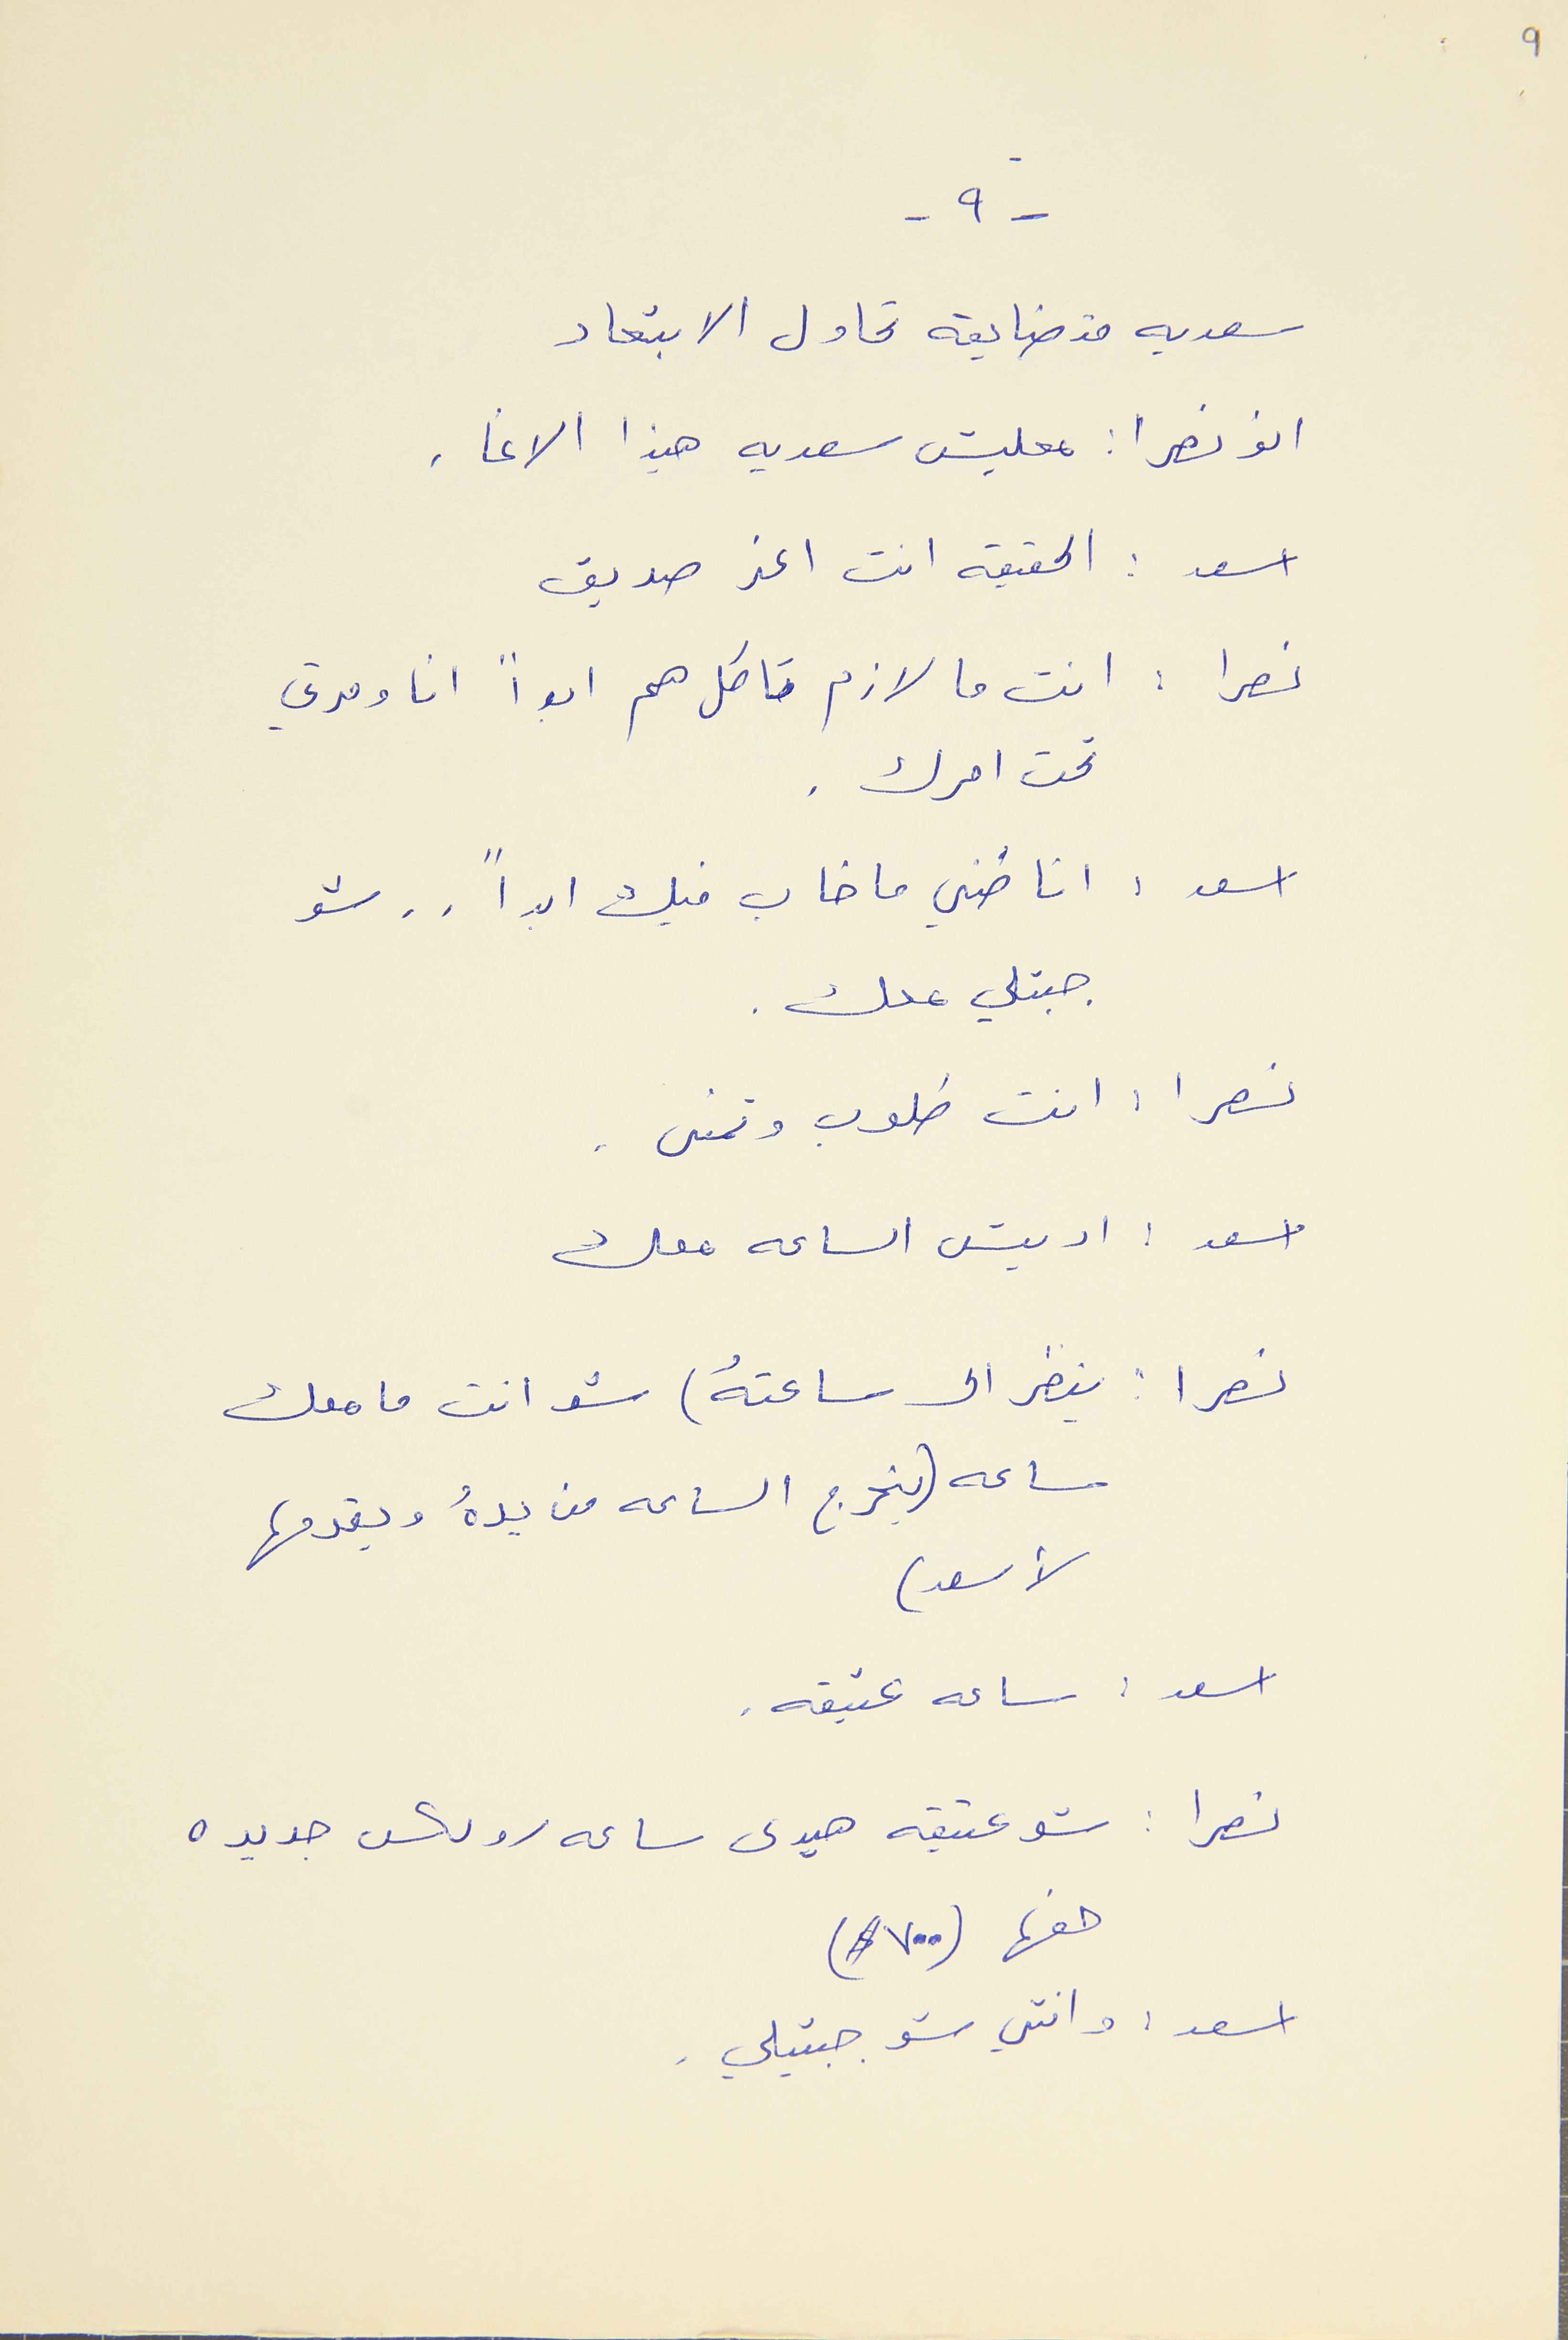
9
- ٩ -
سعديه متضايقه تحاول الابتعاد
ابو نصرا : معليش سعديه هيذا الاغا .
اسعد : الحقيقه انت اعز صديق
نصرا : انت ما لازم تاكل هم ابداً انا ومرتي
تحت امرك .
اسعد : انا ضني ما خاب فيك ابداً . .  شو
جبتلي معك .
نصرا : انت طلوب وتمنى .
اسعد : اديش الساعه معك
نصرا : ينضر الى ساعتهُ) شو انت ما معك
ساعه (يخرج الساعه من يدهُ ويقدمها
لأسعد)
اسعد : ساعه عتيقه .
نصرا : شو عتيقه هيدى ساعه رولكس جديده
حقها (٧٠٠ $)
اسعد : وانتي شو جبتيلي .